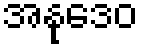
အနုဒေဝ